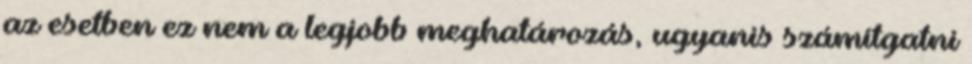
az esetben ez nem a legjobb meghatározás, ugyanis számítgatni